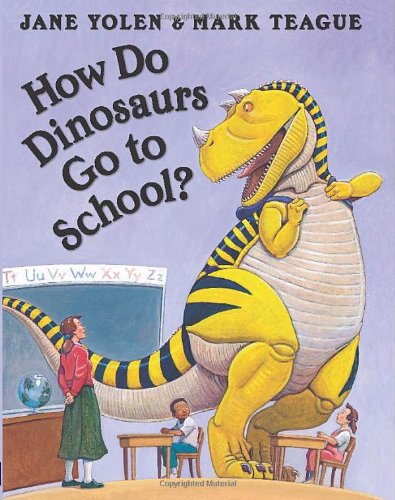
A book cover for How Do Dinosaurs Go To School?; Jane Yolen; Children's Books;